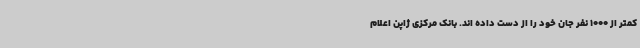
کمتر از 1000 نفر جان خود را از دست داده اند. بانک مرکزی ژاپن اعلام